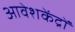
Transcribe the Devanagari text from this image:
आवेशकेंद्रों